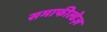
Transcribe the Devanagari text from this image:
समाफील्डेज़